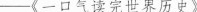
—-《一口气读完世界历史》